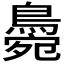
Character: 𪂭